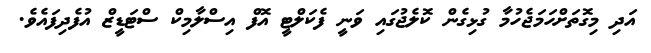
އަދި މިގޮތަށްހަމަޖެހުމާ ގުޅިގެން ކޮލެޖުގައި ވަނީ ފެކަލްޓީ އޮފް އިސްލާމިކް ސްޓަޑީޒް އުފެދިފައެވެ.